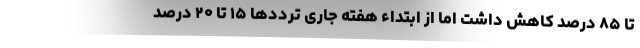
تا ۸۵ درصد کاهش داشت اما از ابتداء هفته جاری ترددها ۱۵ تا ۲۰ درصد